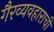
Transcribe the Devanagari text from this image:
गैरव्यवहाराची